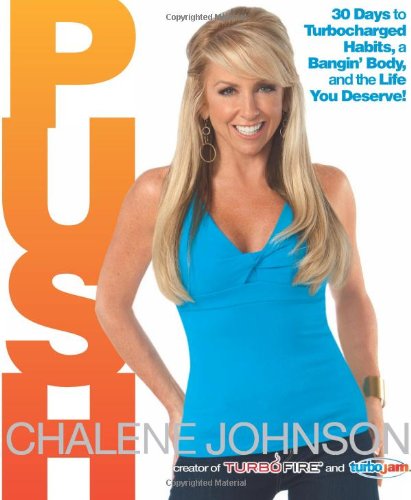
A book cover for PUSH: 30 Days to Turbocharged Habits, a Bangin' Body, and the Life You Deserve!; Chalene Johnson; Health, Fitness & Dieting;